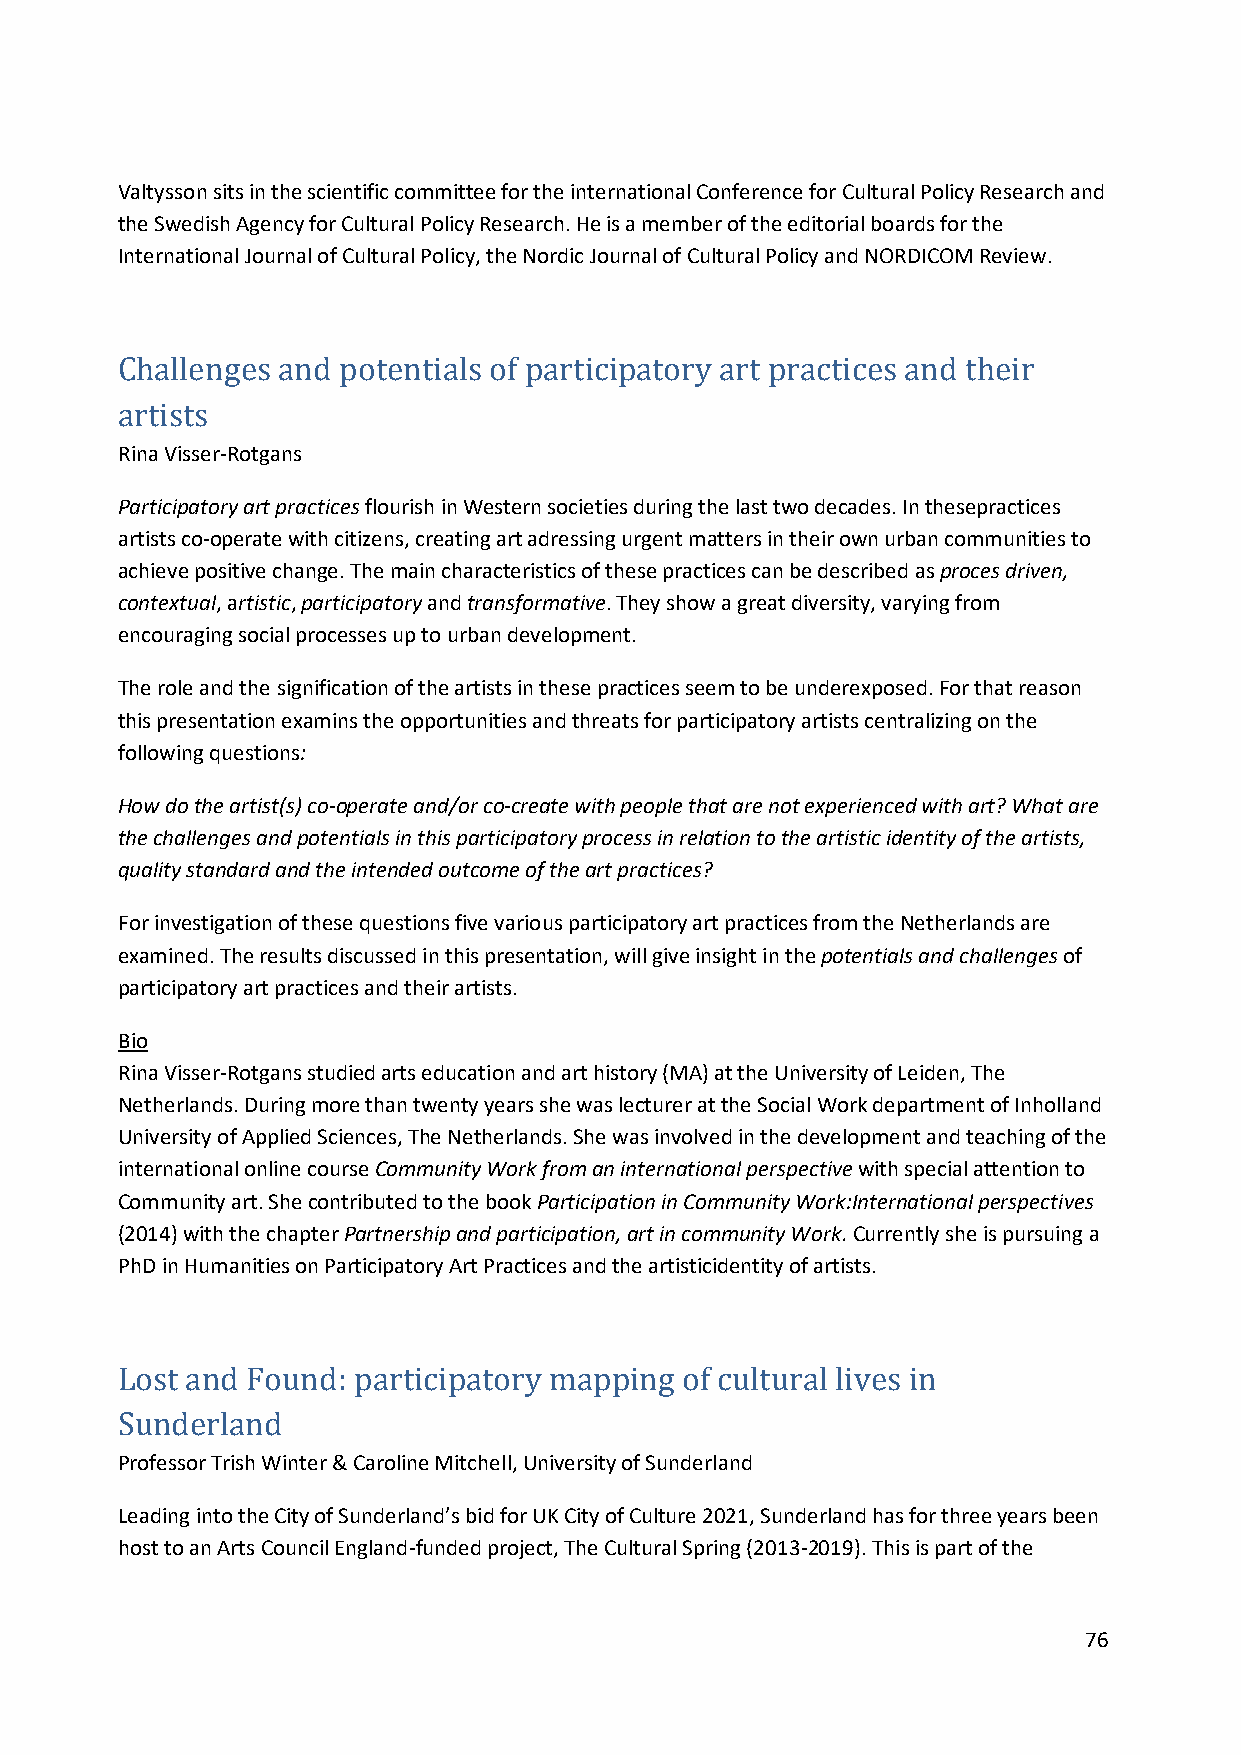
Valtysson sits in the scientific committee for the international Conference for Cultural Policy Research and
 the Swedish Agency for Cultural Policy Research. He is a member of the editorial boards for the
 International Journal of Cultural Policy, the Nordic Journal of Cultural Policy and NORDICOM Review.
 Challenges an d potentials of participatory art practices and their
 Rina Visser-Rotgans
 artists
 Participatory art practices flourish in Western societies during the last two decades. In thesepractices
 artists co-operate with citizens, creating art adressing urgent matters in their own urban communities to
 achieve positive change. The main characteristics of these practices can be described as proces driven,
 contextual, artistic, participatory and transformative. They show a great diversity, varying from
 encouraging social processes up to urban development.
 The role and the signification of the artists in these practices seem to be underexposed. For that reason
 this presentation examins the opportunities and threats for participatory artists centralizing on the
 following questions:
 How do the artist(s) co-operate and/or co-create with people that are not experienced with art? What are
 the challenges and potentials in this participatory process in relation to the artistic identity of the artists,
 quality standard and the intended outcome of the art practices?
 For investigation of these questions five various participatory art practices from the Netherlands are
 examined. The results discussed in this presentation, will give insight in the potentials and challenges of
 participatory art practices and their artists.
 Bio
 Rina Visser-Rotgans studied arts education and art history (MA) at the University of Leiden, The
 Netherlands. During more than twenty years she was lecturer at the Social Work department of Inholland
 University of Applied Sciences, The Netherlands. She was involved in the development and teaching of the
 international online course Community Work from an international perspective with special attention to
 Community art. She contributed to the book Participation in Community Work:International perspectives
 (2014) with the chapter Partnership and participation, art in community Work. Currently she is pursuing a
 PhD in Humanities on Participatory Art Practices and the artisticidentity of artists.
 Lost and Found: participatory mapping of cultural lives in
 Professor Trish Winter & Caroline Mitchell, University of Sunderland
 Sunderland
 Leading into the City of Sunderland’s bid for UK City of Culture 2021, Sunderland has for three years been
 host to an Arts Council England-funded project, The Cultural Spring (2013-2019). This is part of the
 76